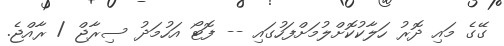
ގޭގެ މައި ދޮރު ހަލާކުކޮށްލުމަށްފަހުގައި -- ފޮޓޯ އަހުމަދު ސިރާޖް / ރާއްޖެ.